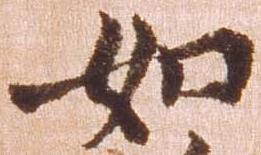
如